Document type: payment_order
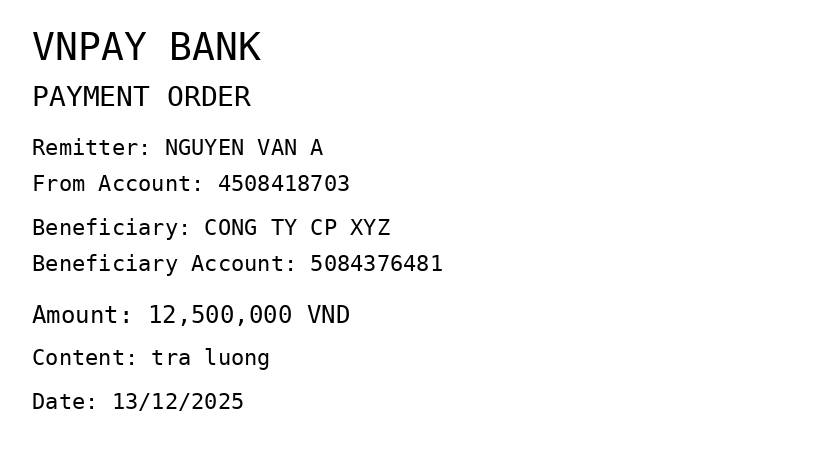
OCR transcript:
VNPAY BANK
PAYMENT ORDER
Remitter: NGUYEN VAN A
From Account: 4508418703
Beneficiary: CONG TY CP XYZ
Beneficiary Account: 5084376481
Amount: 12,500,000 VND
Content: tra luong
Date: 13/12/2025
Extracted fields:
bank_name: vnpay bank
sender_name: nguyen van a
sender_account: 4508418703
beneficiary_name: cong ty cp xyz
beneficiary_account: 5084376481
amount: 12500000
content: tra luong
date: 2025-12-13